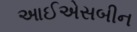
આઈએસબીન